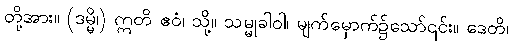
တို့အား။ (ဒမ္မိ၊) ဣတိ ဧဝံ၊ သို့။ သမ္မုခါဝါ၊ မျက်မှောက်၌သော်၎င်း။ ဒေတိ၊